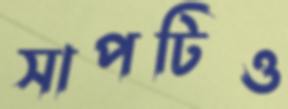
সাপটিও